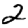
Digit: 2